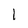
Character: 1